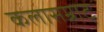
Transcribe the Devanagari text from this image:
कलासम्राट्